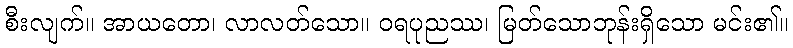
စီးလျက်။ အာယတော၊ လာလတ်သော။ ဝရပုညဿ၊ မြတ်သောဘုန်းရှိသော မင်း၏။